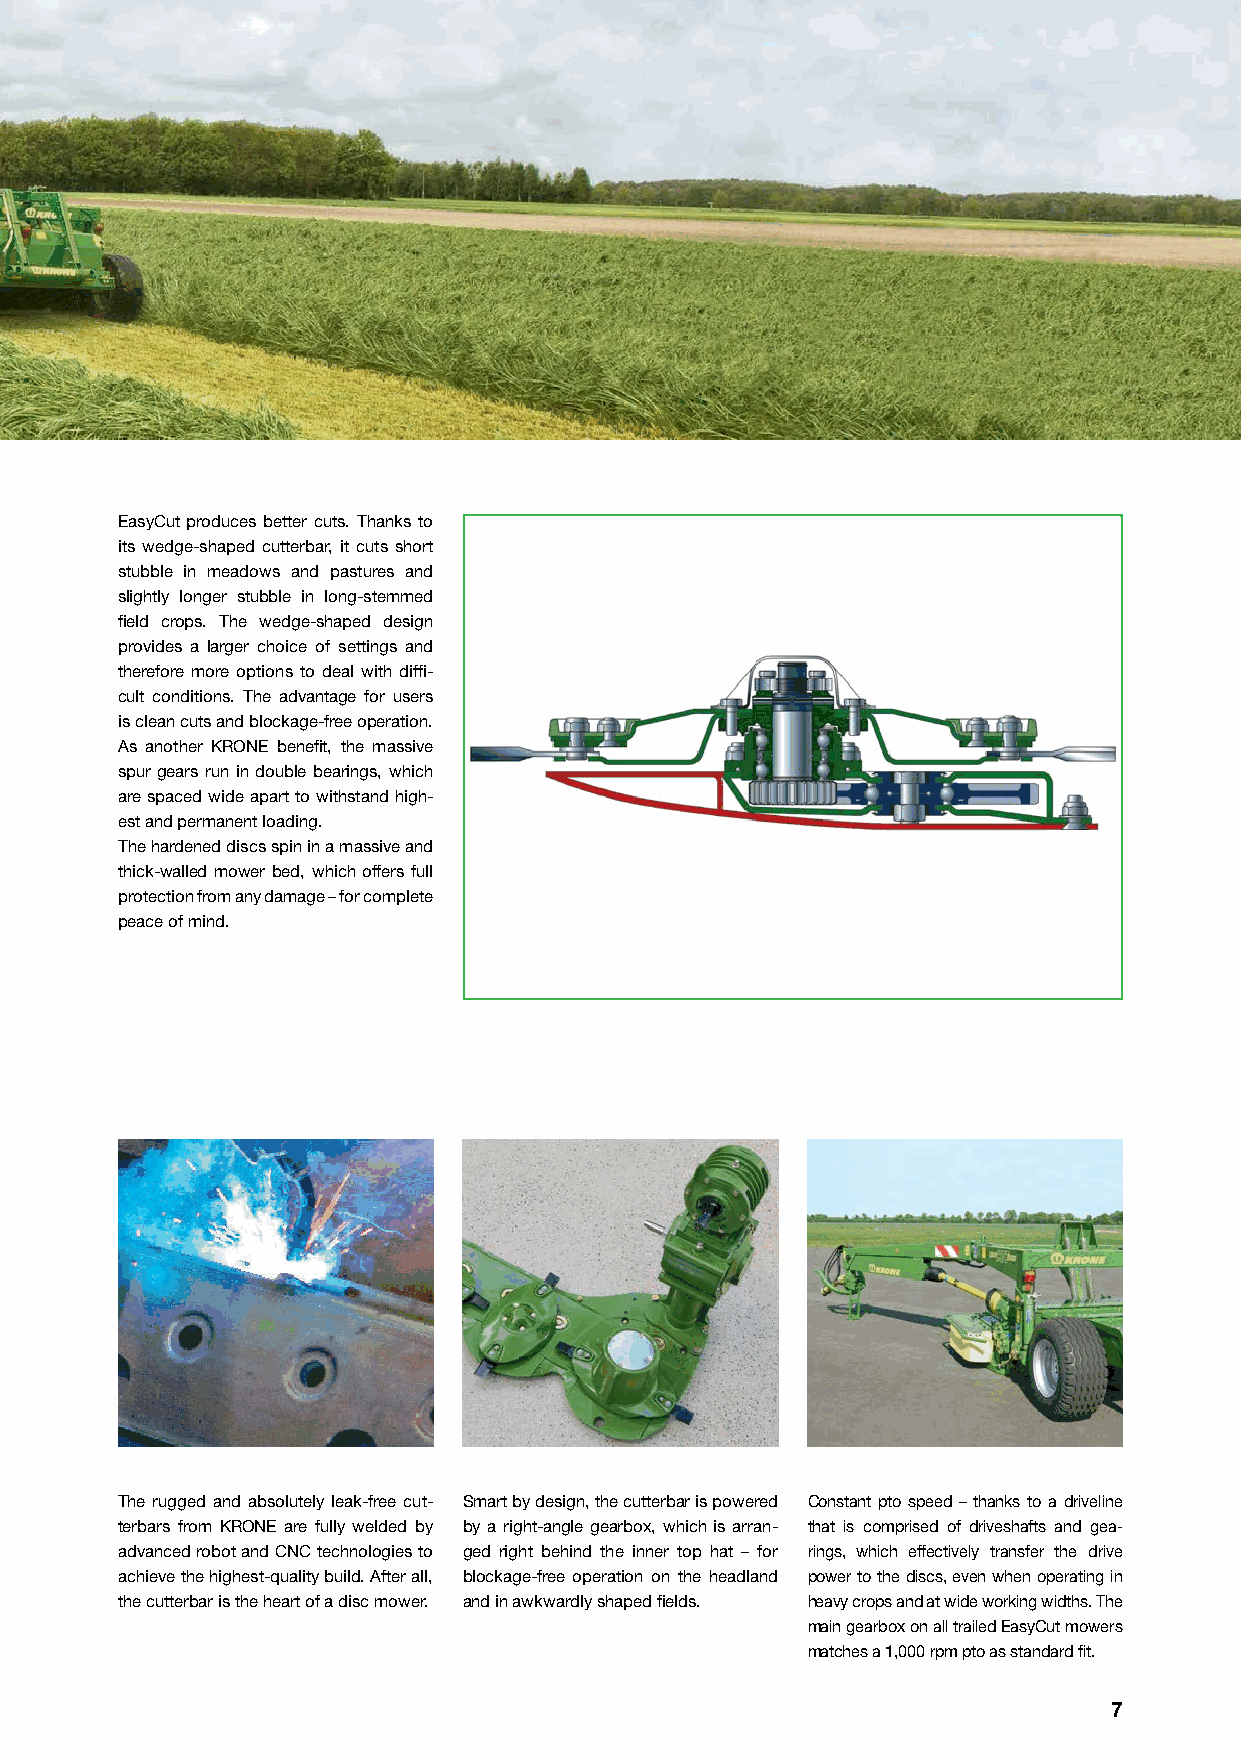
EasyCut produces better cuts. Thanks to
 its wedge-shaped cutterbar, it cuts short
 stubble in meadows and pastures and
 slightly longer stubble in long-stemmed
 fi eld crops. The wedge-shaped design
 provides a larger choice of settings and
 therefore more options to deal with diffi -
 cult conditions. The advantage for users
 is clean cuts and blockage-free operation.
 As another KRONE benefi t, the massive
 spur gears run in double bearings, which
 are spaced wide apart to withstand high-
 est and permanent loading.
 The hardened discs spin in a massive and
 thick-walled mower bed, which offers full
 protection from any damage – for complete
 peace of mind.
 The rugged and absolutely leak-free cut- Smart by design, the cutterbar is powered Constant pto speed – thanks to a driveline
 terbars from KRONE are fully welded by by a right-angle gearbox, which is arran- that is comprised of driveshafts and gea-
 advanced robot and CNC technologies to ged right behind the inner top hat – for rings, which effectively transfer the drive
 achieve the highest-quality build. After all, blockage-free operation on the headland power to the discs, even when operating in
 the cutterbar is the heart of a disc mower. and in awkwardly shaped fi elds. heavy crops and at wide working widths. The
 main gearbox on all trailed EasyCut mowers
 matches a 1,000 rpm pto as standard fi t.
 7